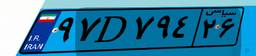
۹۷D۷۹۴۲۶